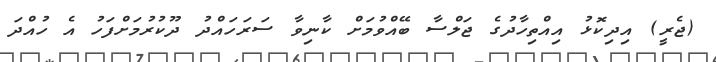
(ޖެރީ) އިދިކޮޅު އިއްތިހާދުގެ ޖަލްސާ ބޭއްވުމަށް ކާނިވާ ސަރަހައްދު ދޫކުރުމަށްފަހު އެ ހުއްދަ